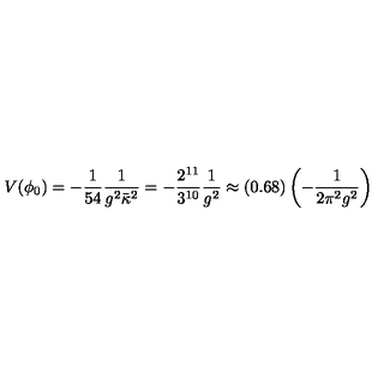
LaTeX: V ( \phi _ { 0 } ) = - \frac { 1 } { 5 4 } \frac { 1 } { g ^ { 2 } \bar { \kappa } ^ { 2 } } = - \frac { 2 ^ { 1 1 } } { 3 ^ { 1 0 } } \frac { 1 } { g ^ { 2 } } \approx ( 0 . 6 8 ) \left( - \frac { 1 } { 2 \pi ^ { 2 } g ^ { 2 } } \right)